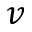
v